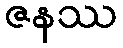
ဇနဿ